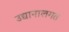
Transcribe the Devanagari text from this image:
उद्यानालगत